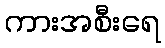
ကားအစီးရေ